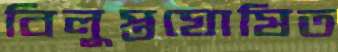
বিলুপ্তঘোষিত